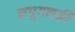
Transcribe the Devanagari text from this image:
लघुगणकी